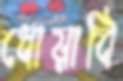
ধোয়াবি